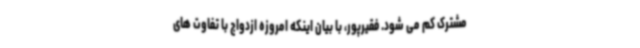
مشترک کم می شود. فقیرپور، با بیان اینکه امروزه ازدواج با تفاوت های